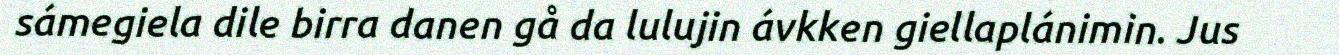
sámegiela dile birra danen gå da lulujin ávkken giellaplánimin. Jus